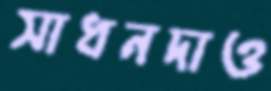
সাধনদাও